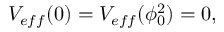
V _ { e f f } ( 0 ) = V _ { e f f } ( \phi _ { 0 } ^ { 2 } ) = 0 ,